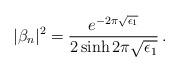
LaTeX: \begin{align*}|\beta_n|^2 = \frac{e^{-2\pi \sqrt{\epsilon_1}}}{2 \sinh 2\pi \sqrt{\epsilon_1}} \,.\end{align*}